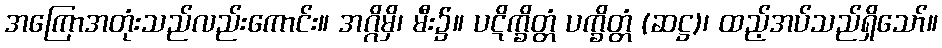
အကြောအတုံးသည်လည်းကောင်း။ အဂ္ဂိမှိ၊ မီး၌။ ပဋိက္ခိတ္တံ ပက္ခိတ္တံ (ဆဋ္ဌ)၊ ထည့်အပ်သည်ရှိသော်။